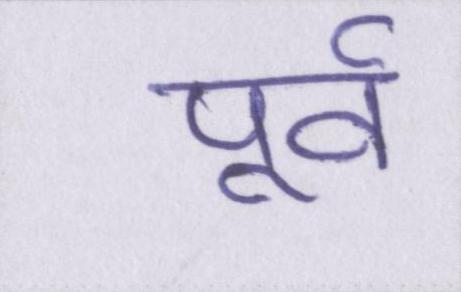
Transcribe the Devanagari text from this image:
पूर्व